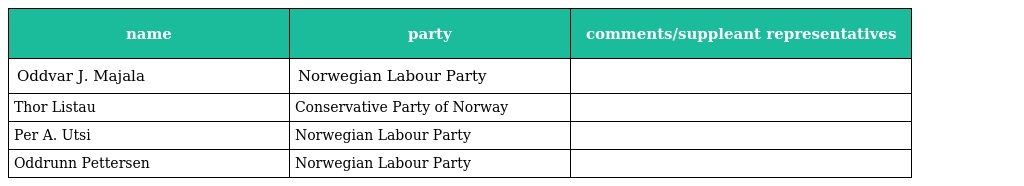
| name | party | comments/suppleant representatives |
 | --- | --- | --- |
 | Oddvar J. Majala | Norwegian Labour Party |  |
 | Thor Listau | Conservative Party of Norway |  |
 | Per A. Utsi | Norwegian Labour Party |  |
 | Oddrunn Pettersen | Norwegian Labour Party |  |